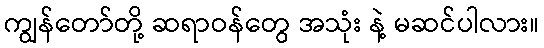
ကျွန်တော်တို့ ဆရာဝန်တွေ အသုံး နဲ့ မဆင်ပါလား။